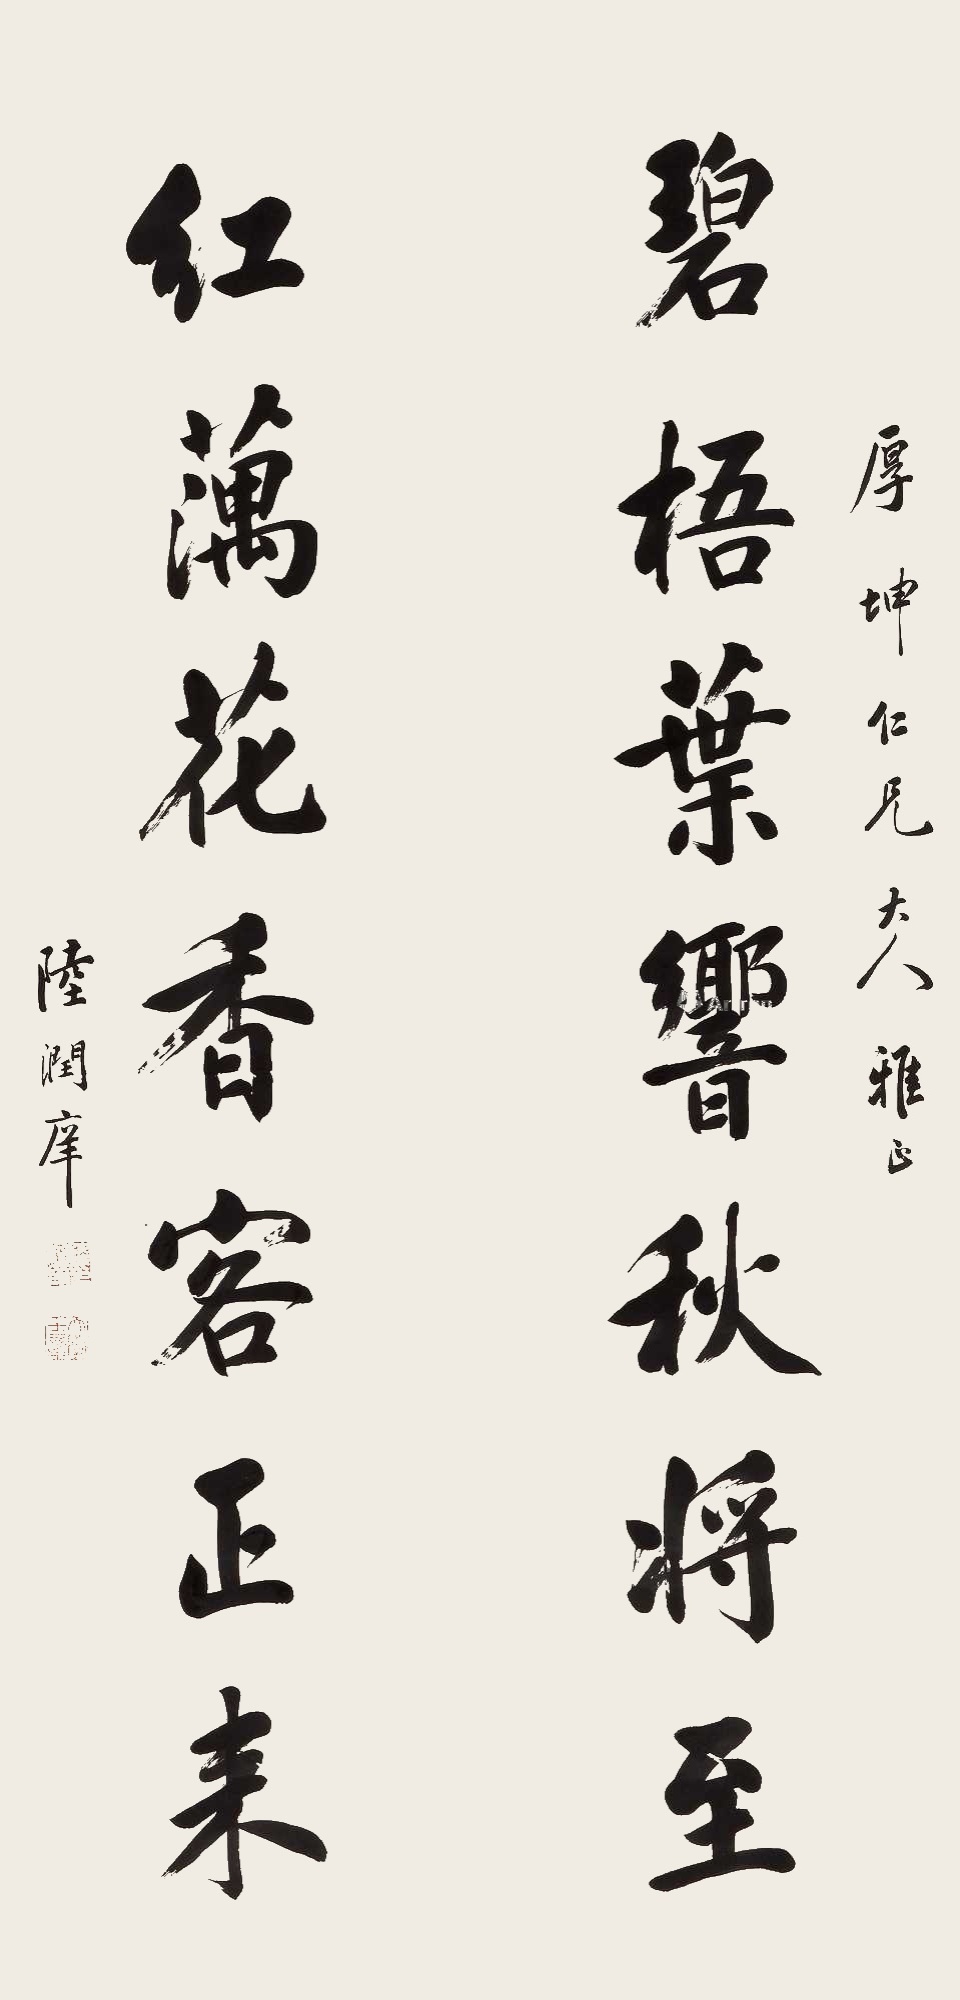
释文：碧梧叶响秋将至，红藕花香客正来。厚坤仁兄大人雅正，陆润庠。